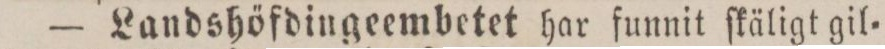
— Landshöfdingeembetet har funnit ſkäligt gil=